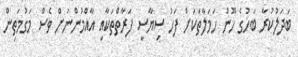
ބަދަލުކުރާ ބަހުގެ ހޫނު ހަމަލާތަކަށް ފަހު ސިޔާސީ ފަރާތްތަކާއި އާއްމުންނަށް ވެސް މަގުމަތިން